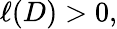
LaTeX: \ell(D)>0,